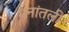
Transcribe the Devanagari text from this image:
मनांतली